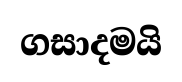
ගසාදමයි